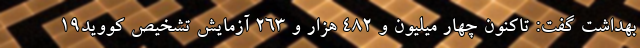
بهداشت گفت: تاکنون چهار میلیون و ۴۸۲ هزار و ۲۶۳ آزمایش تشخیص کووید۱۹